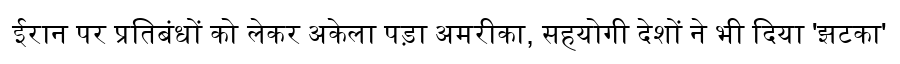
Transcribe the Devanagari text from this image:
ईरान पर प्रतिबंधों को लेकर अकेला पड़ा अमरीका, सहयोगी देशों ने भी दिया 'झटका'